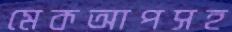
মেকআপসহ